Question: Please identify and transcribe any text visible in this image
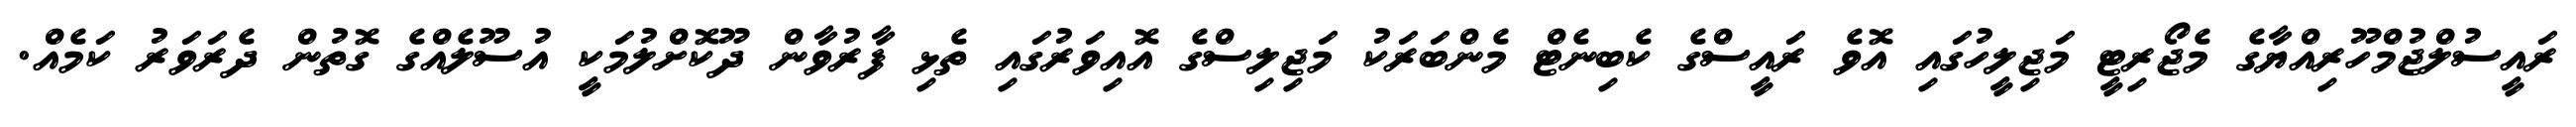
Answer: ރައީސުލްޖުމްހޫރިއްޔާގެ މެޖޯރިޓީ މަޖިލީހުގައި އޮވެ ރައީސްގެ ކެބިނެޓް މެންބަރަކު މަޖިލިސްގެ އޮއިވަރުގައި ތެޅި ފާރުވާން ދޫކޮށްލުމަކީ އުސޫލެއްގެ ގޮތުން ދެރަވަރު ކަމެއް.